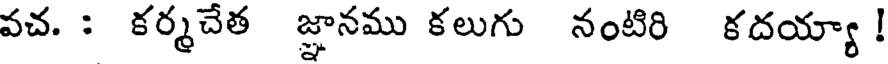
వచ. : కర్మచేత జ్ఞానము కలుగు నంటిరి కదయ్యా !